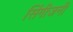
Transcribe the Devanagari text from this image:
सिंगीजनी